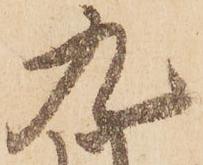
九